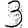
Digit: 3